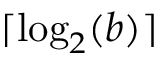
\lceil \log _ { 2 } ( b ) \rceil